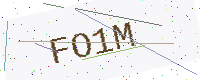
Text: FO1M